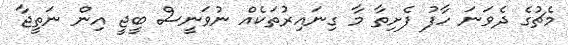
މެޗުގެ ދެވަނަ ހާފު ފެށިތާ މާ ގިނައިރުތަކެއް ނުވަނީސް ބީޖީ އިން ނަތީޖާ